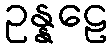
ဥန္နဠေ